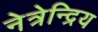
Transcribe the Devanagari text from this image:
नेत्रेन्द्रिय